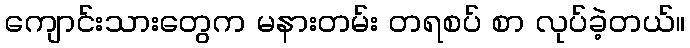
ကျောင်းသားတွေက မနားတမ်း တရစပ် စာ လုပ်ခဲ့တယ်။